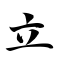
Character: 立